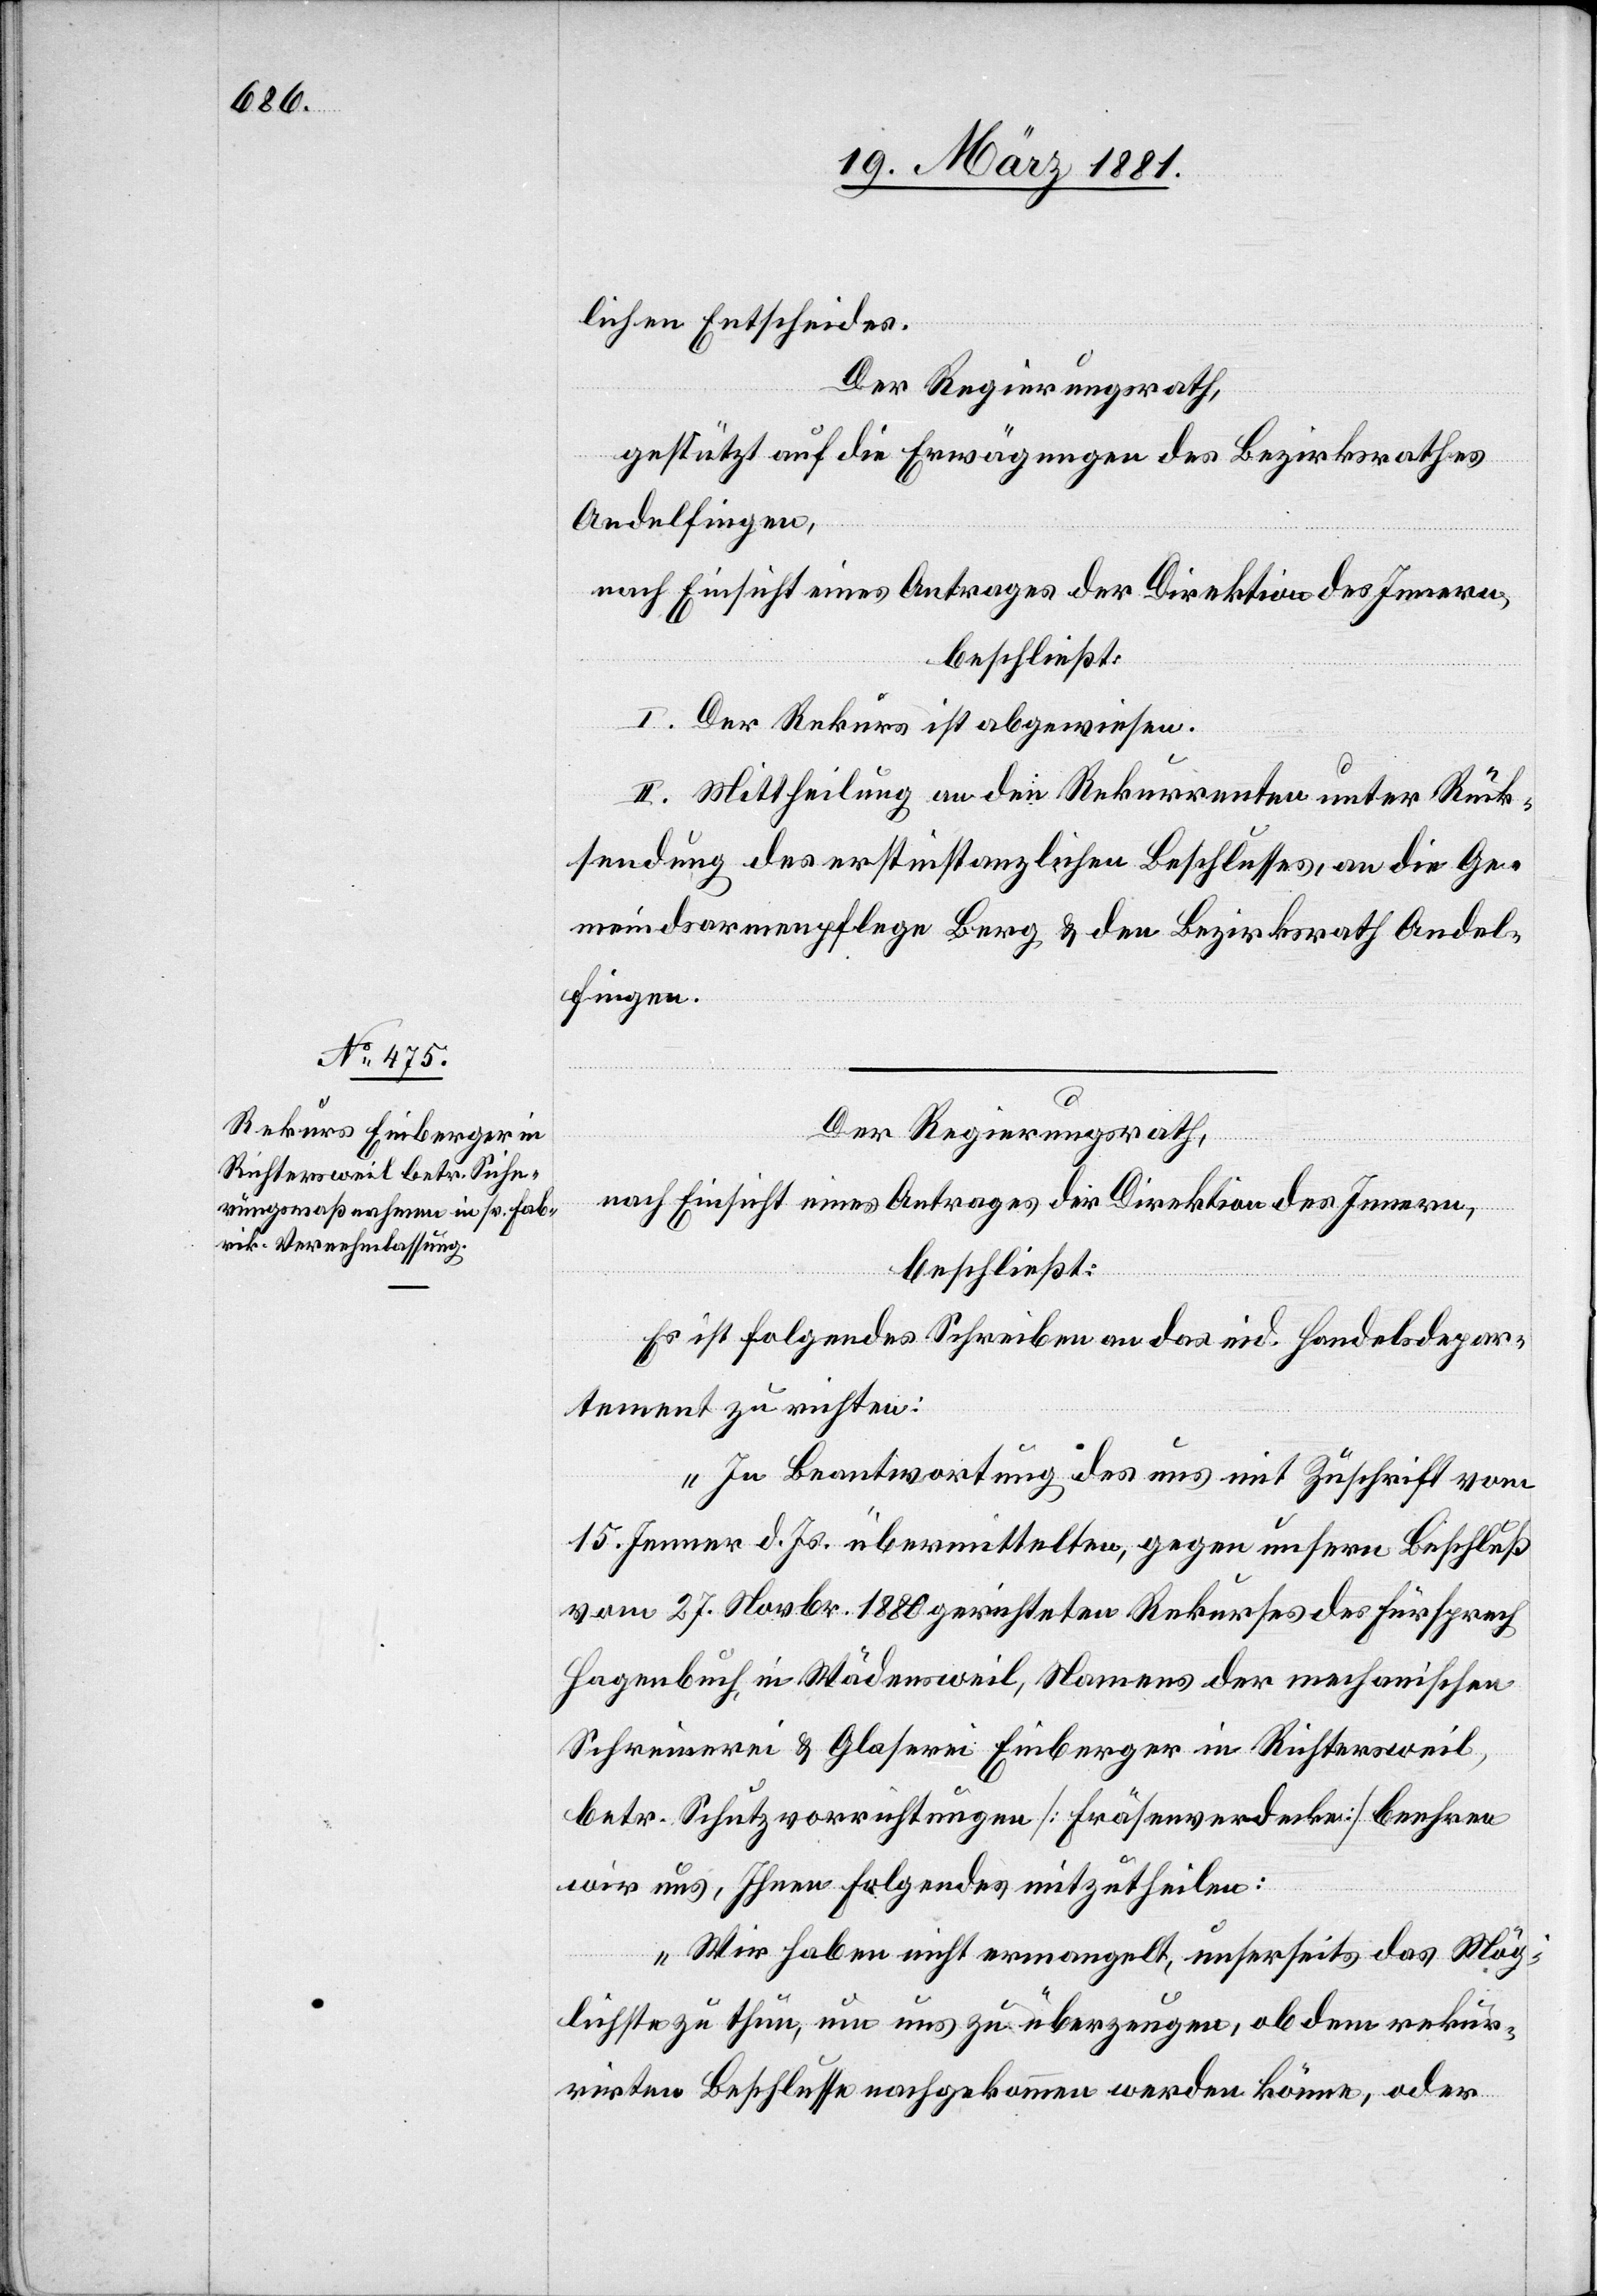
lichen Entscheides.
Der Regierungsrath,
gestützt auf die Erwägungen des Bezirksrathes
Andelfingen,
nach Einsicht eines Antrages der Direktion des Innern,
beschließt:
I. Der Rekurs ist abgewiesen.
II. Mittheilung an den Rekurrenten unter Rück¬
sendung des erstinstanzlichen Beschlusses, an die Ge¬
meindsarmenpflege Berg & den Bezirksrath Andel¬
fingen.
Der Regierungsrath,
nach Einsicht eines Antrages der Direktion des Innern,
beschließt:
Es ist folgendes Schreiben an das eid. Handelsdepar¬
tement zu richten:
„In Beantwortung des uns mit Zuschrift vom
15. Jenner d. Js. übermittelten, gegen unsern Beschluß
vom 27. Novbr. 1880 gerichteten Rekurs des Fürsprech
Hagenbuch, in Wädensweil, Namens der mechanischen
Schreinerei & Glaserei Einberger in Richtersweil,
betr. Schutzvorrichtungen [Fräsenverdecke] beehren
wir uns, Ihnen Folgendes mitzutheilen:
Wir haben nicht ermangelt, unserseits das Mög¬
lichste zu thun, um uns zu überzeugen, ob dem rekur¬
rirten Beschlusse nachgekommen werden könne, oder